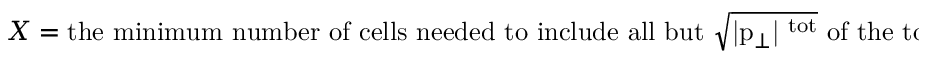
X = \mathrm { t h e ~ m i n i m u m ~ n u m b e r ~ o f ~ c e l l s ~ n e e d e d ~ t o ~ i n c l u d e ~ a l l ~ b u t ~ \sqrt { | p _ { \perp } | ^ { \mathrm { ~ t o t } } } ~ o f ~ t h e ~ t o t a l ~ | p _ { \perp } | ^ { \mathrm { ~ t o t } } ~ } ,